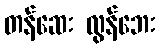
တန်ဆေး လွန်ဘေး